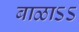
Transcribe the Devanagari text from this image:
बाळाऽऽ